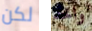
لكن واحد